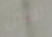
لنقتل